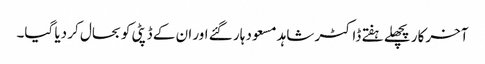
آخرکار پچھلے ہفتے ڈاکٹر شاہد مسعود ہار گئے اور ان کے ڈپٹی کو بحال کر دیا گیا۔